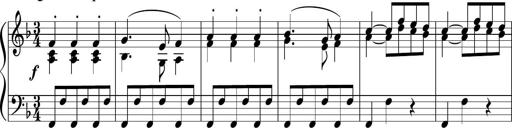
Title: 12 Keyboard Sonatinas
Composer: James Hook